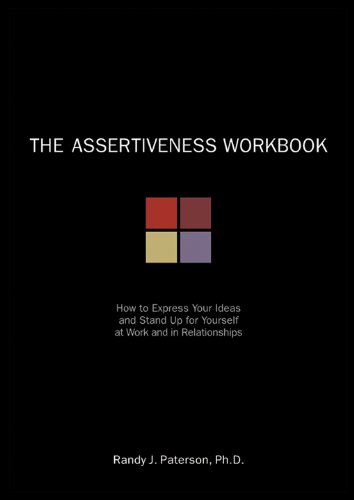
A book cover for The Assertiveness Workbook: How to Express Your Ideas and Stand Up for Yourself at Work and in Relationships; Randy J. Paterson; Self-Help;